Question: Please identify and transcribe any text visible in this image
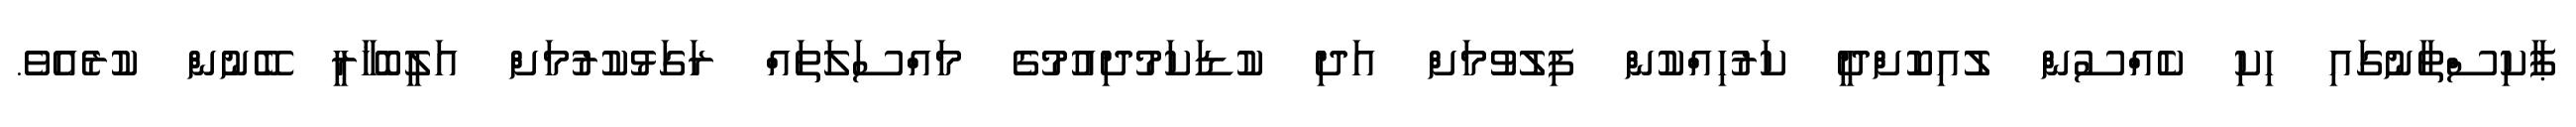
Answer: ޕާކިސްތާނުގައި ހިކި ކެއްސުން ލުއިކޮށްދީ ކަރުހިއްކުން ފިލުވުމަށް އަދި ކުޑަކަމުދިއުމުގެ މައްސަލަތައް ރަގަޅުކުރުމަށް އަލީބޮޚާރީ ބޭނުން ކުރެއެވެ.